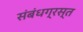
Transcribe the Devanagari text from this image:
संबंधग्रस्त